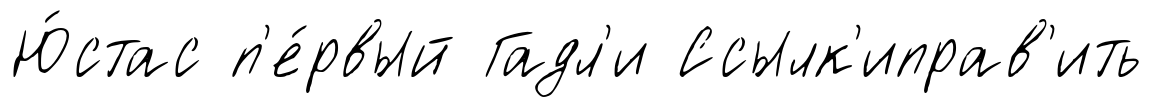
Ю́стас п'е́рвый Гадл'и Ссылк'иправ'ить